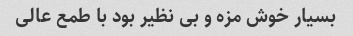
بسیار خوش مزه و بی نظیر بود با طمع عالی